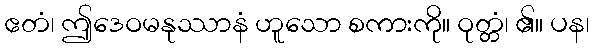
ဧတံ၊ ဤဒေဝမနုဿာနံ ဟူသော စကားကို။ ဝုတ္တံ၊ ၏။ ပန၊